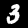
Digit: 3